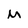
Character: M